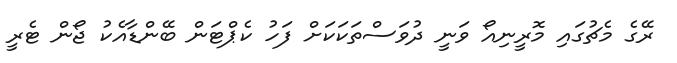
ރޭގެ މެޗުގައި މޮރީނިއޯ ވަނީ ދުވަސްތަކަކަށް ފަހު ކެޕްޓަން ބޭންޑާއެކު ޖޯން ޓެރީ